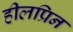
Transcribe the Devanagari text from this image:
हीलप्रिन